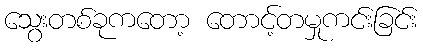
သွေးတစ်ခုကတော့ တောင့်တမှုကင်းခြင်း